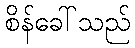
စိန်ခေါ်သည်